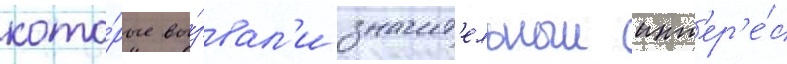
кото́рые вы́звал'и значит'ельныи инт'ер'е́с